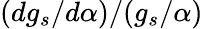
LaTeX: (dg_{s}/d\alpha)/(g_{s}/\alpha)